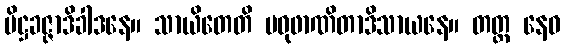
ပိဋ္ဌခဇ္ဇာဒိခါဒနေ။ သာယိတေတိ မဓုဖာဏိတာဒိသာယနေ။ တတ္ထ နေဝ